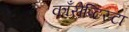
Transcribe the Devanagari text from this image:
काँसेप्टिस्टा